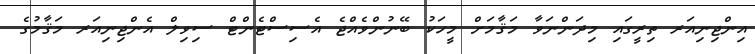
އިންޖިނިއަރ ތިރީގައި މިދަންނަވާ މަޤާމަށް މީހަކު ބޭނުންވެއްޖެ އެސިސްޓެންޓް ސިވިލް އެންޖިނިއަރ މަޤާމުގެ